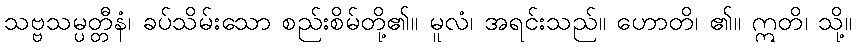
သဗ္ဗသမ္ပတ္တီနံ၊ ခပ်သိမ်းသော စည်းစိမ်တို့၏။ မူလံ၊ အရင်းသည်။ ဟောတိ၊ ၏။ ဣတိ၊ သို့။